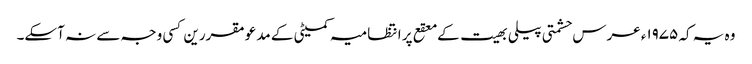
وہ یہ کہ ۱۹۷۵ء عرس حشمتی پیلی بھیت کے معقع پر انتظامیہ کمیٹی کے مدعو مقررین کسی وجہ سے نہ آسکے۔